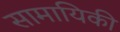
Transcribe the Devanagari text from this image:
सामायिकी